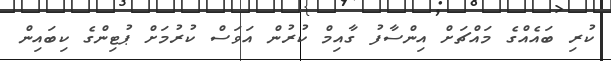
ކުރި ބައެއްގެ މައްޗަށް އިންސާފު ގާއިމް ކުރުން އަވަސް ކުރުމަށް ޕުޓިންގެ ކިބައިން